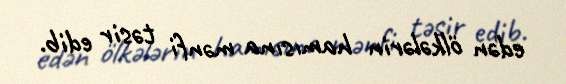
edən ölkələrin hamısına mənfi təsir edib.